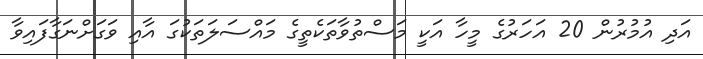
އަދި އުމުރުން 20 އަހަރުގެ މީހާ އަކީ މަސްތުވާތަކެތީގެ މައްސަލަތަކުގަ އާއި ވަގަށްނަގާފައިވާ